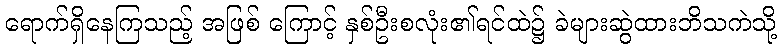
ရောက်ရှိနေကြသည့် အဖြစ် ကြောင့် နှစ်ဦးစလုံး၏ရင်ထဲ၌ ခဲများဆွဲထားဘိသကဲသို့